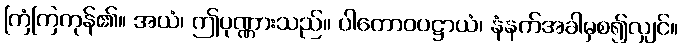
ကြံကြကုန်၏။ အယံ၊ ဤပုဏ္ဏားသည်။ ပါတောဝပဋ္ဌာယံ၊ နံနက်အခါမှစ၍လျှင်။